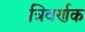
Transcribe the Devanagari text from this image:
त्रिवर्णक